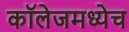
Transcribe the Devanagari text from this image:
कॉलेजमध्येच